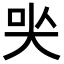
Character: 𡘈